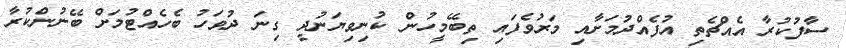
ސާފުކުރާ އެއްޗެތި އުފެއްދުމަށާއި މަރުވެފައި ތިބޭމީހުން ކުނިވިޔަނުދީ ގިނަ ދުވަހު ބެހެއްޓުމަށް ބޭނުންކުރާ